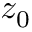
z _ { 0 }